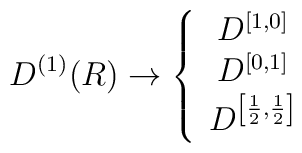
D^{\left( 1\right) }(R)\rightarrow \left\{ \begin{array}{c}D^{\left[ 1,0\right] } \\ D^{\left[ 0,1\right] } \\ D^{\left[ \frac{1}{2},\frac{1}{2}\right] }\end{array}\right.